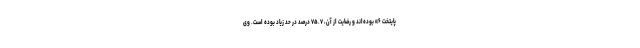
پایتخت ۶» بوده‌اند و رضایت از آن، ۷۵.۷ درصد در حد زیاد بوده است. وی